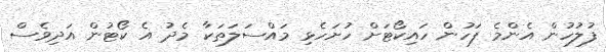
ފުލުހުން އެންމެ ފަހުން ހައިކޯޓަށް ހުށަހެޅި މައްސަލަތަކާ މެދު އެ ކޯޓުން އަދިވެސް